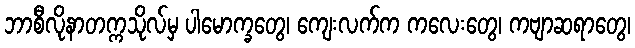
ဘာစီလိုနာတက္ကသိုလ်မှ ပါမောက္ခတွေ၊ ကျေးလက်က ကလေးတွေ၊ ကဗျာဆရာတွေ၊